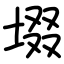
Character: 㙍